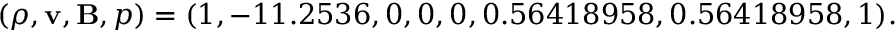
( \rho , \mathbf { v } , \mathbf { B } , p ) = ( 1 , - 1 1 . 2 5 3 6 , 0 , 0 , 0 , 0 . 5 6 4 1 8 9 5 8 , 0 . 5 6 4 1 8 9 5 8 , 1 ) .